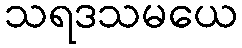
သရဒသမယေ